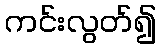
ကင်းလွတ်၍